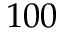
1 0 0